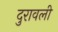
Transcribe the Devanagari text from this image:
दुरावली